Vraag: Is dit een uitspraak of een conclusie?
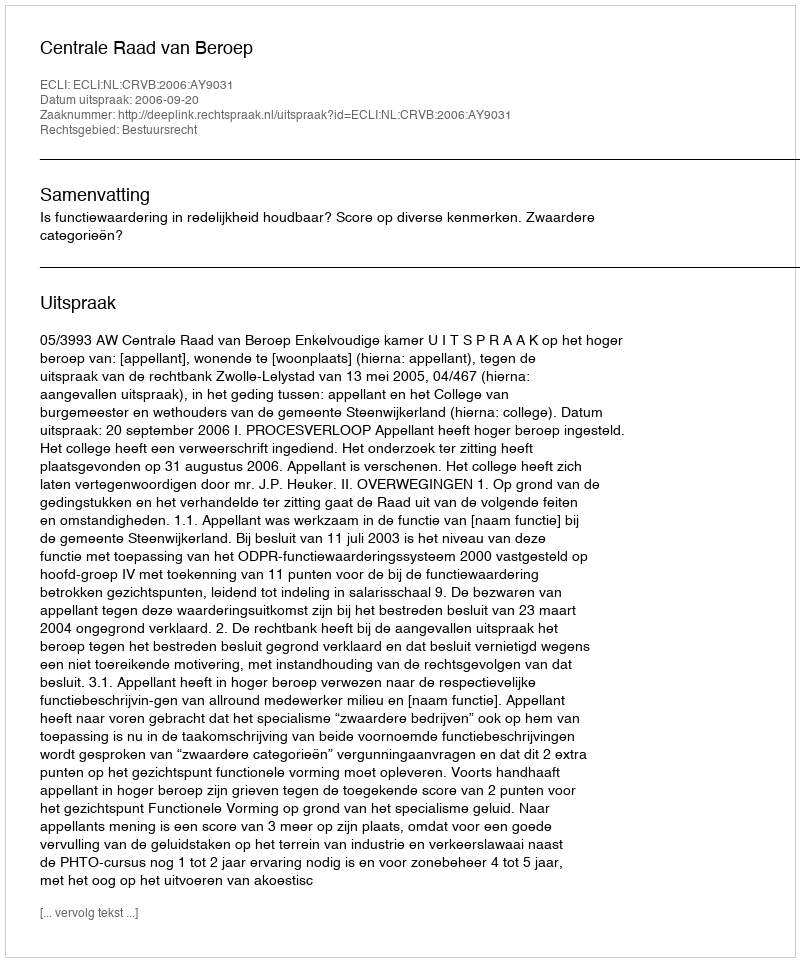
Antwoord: Uitspraak